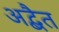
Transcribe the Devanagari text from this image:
अद्बैत